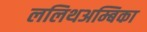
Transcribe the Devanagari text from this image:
ललिथअम्बिका